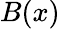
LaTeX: B(x)